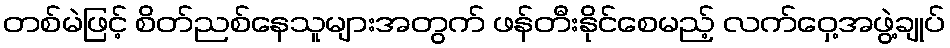
တစ်မဲဖြင့် စိတ်ညစ်နေသူများအတွက် ဖန်တီးနိုင်စေမည့် လက်ဝှေ့အဖွဲ့ချုပ်